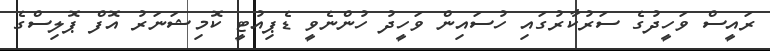
ރައީސް ވަހީދުގެ ސަރުކާރުގައި ހުސައިން ވަހީދު ހުންނެވީ ޑެޕިއުޓީ ކޮމިޝަނަރު އޮފް ޕޮލިސްގެ